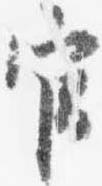
官